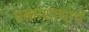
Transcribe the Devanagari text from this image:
प्रकाशाचार्य